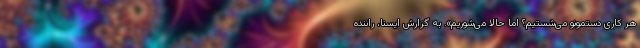
هر کاری دستمونو می‌شستیم؟ اما حالا می‌شوریم». به گزارش ایسنا، راننده